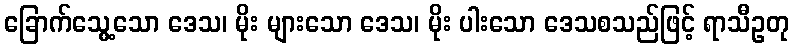
ခြောက်သွေ့သော ဒေသ၊ မိုး များသော ဒေသ၊ မိုး ပါးသော ဒေသစသည်ဖြင့် ရာသီဥတု